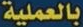
بالعملية